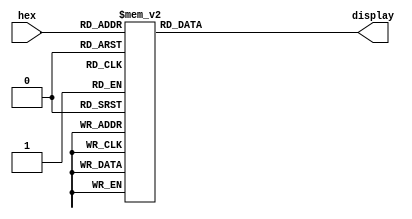
/*
Oscar Reyes-Sanchez
Grabbed from EENG 220
*/

module hex7seg (hex, display);
	input [3:0] hex;
	output [0:6] display;

	reg [0:6] display;

	/*
	 *       0  
	 *      ---  
	 *     |   |
	 *    5|   |1
	 *     | 6 |
	 *      ---  
	 *     |   |
	 *    4|   |2
	 *     |   |
	 *      ---  
	 *       3  
	 */

	always @ (hex)
		case (hex) 
			4'h0: display = 7'b0000001;
			4'h1: display = 7'b1001111;
			4'h2: display = 7'b0010010;
			4'h3: display = 7'b0000110;
			4'h4: display = 7'b1001100;
			4'h5: display = 7'b0100100;
			4'h6: display = 7'b0100000;
			4'h7: display = 7'b0001111;
			4'h8: display = 7'b0000000;
			4'h9: display = 7'b0001100;
			4'hA: display = 7'b0001000;
			4'hB: display = 7'b1100000;
			4'hC: display = 7'b1110010;
			4'hD: display = 7'b1000010;
			4'hE: display = 7'b0110000;
			4'hF: display = 7'b0111000;
			default: display = 7'b1111111;
		endcase
endmodule